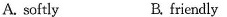
A. softly B.friendly